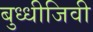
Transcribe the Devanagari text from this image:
बुध्धीजिवी